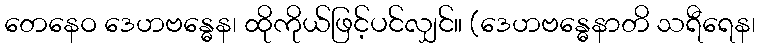
တေနေဝ ဒေဟဗန္ဓေန၊ ထိုကိုယ်ဖြင့်ပင်လျှင်။ (ဒေဟဗန္ဓေနာတိ သရီရေန၊